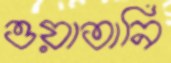
ওয়াতানি